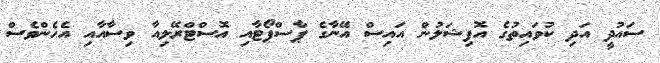
ސައުދީ އަދި ކުވައިތުގެ އޮފިޝަލުން އައިސް އޭނާގެ ޕާސްޕޯޓާއި އޮސްޓްރޭލިއާ ވިސާއާއި އެހެންވެސް